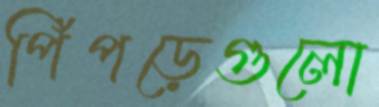
পিঁপড়েগুলো